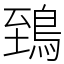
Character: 鵄